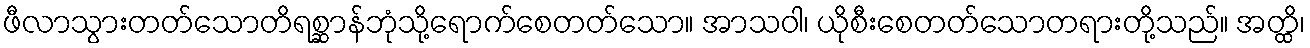
ဖီလာသွားတတ်သောတိရစ္ဆာန်ဘုံသို့ရောက်စေတတ်သော။ အာသဝါ၊ ယိုစီးစေတတ်သောတရားတို့သည်။ အတ္ထိ၊